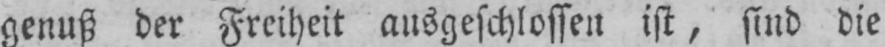
genuß der Freiheit ausgeschlossen ist, sind die